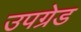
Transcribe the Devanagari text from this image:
उपग्रेड